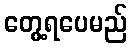
တွေ့ရပေမည်